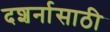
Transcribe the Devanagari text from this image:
दशर्नासाठी